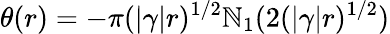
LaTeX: \theta(r)=-\pi(|\gamma|r)^{1/2}\mathbb{N}_{1}(2(|\gamma|r)^{1/2})